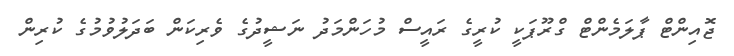
ޖޮއިންޓް ޕާލަމެންޓް ގްރޫޕަކީ ކުރީގެ ރައީސް މުހަންމަދު ނަޝީދުގެ ވެރިކަން ބަދަލުވުމުގެ ކުރިން